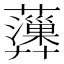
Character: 𧄩